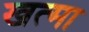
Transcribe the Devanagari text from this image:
खत्मा